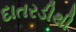
દાતરડીથી